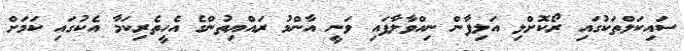
ސައިކަލްތަކުގައި ރޯކޮށްލި އަލިފާން ނިއްވާލާފައި ވަނީ އާންމު ރައްޔިތުންގެ އެހީތެރިކަމާ އެކުގައި ކަމަށް